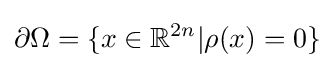
\partial \Omega =\{x\in \mathbb {R} ^{2n}|\rho (x)=0\}